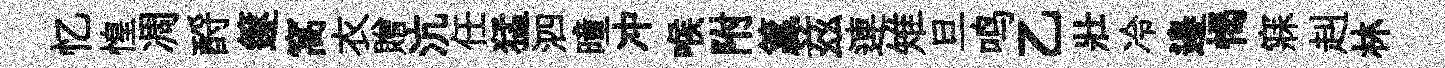
忆惶凋酹篴窩衣贈沆任猛泗曈冲喉附籯兹連雉旦鸣乙壯冷邉愒寐赳林